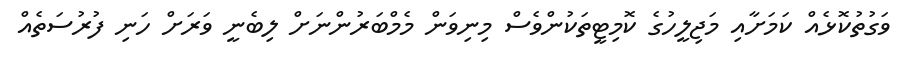
ވަގުތުކޮޅެއް ކަމަށާއި މަޖިލީހުގެ ކޮމިޓީތަކުންވެސް މިނިވަން މެމްބަރުންނަށް ލިބެނީ ވަރަށް ހަނި ފުރުސަތެއް